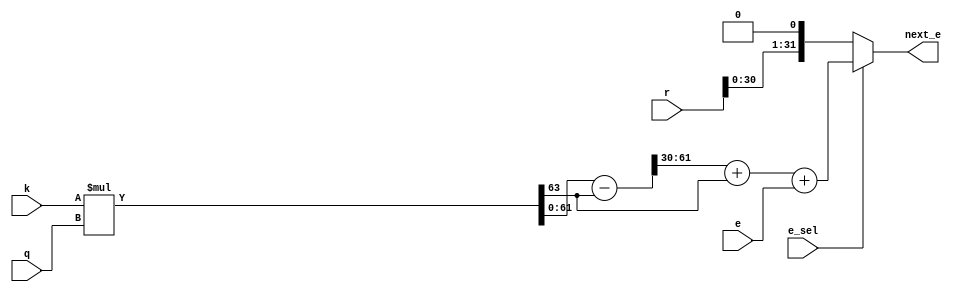
module levinson_e (
        input   wire e_sel,
        input   wire [31:0] r,
        input   wire signed [31:0] k,
        input   wire signed [31:0] q,
        input   wire [31:0] e,
        output  wire [31:0] next_e
    );

    wire [31:0] r_shift;
    assign r_shift = r << 1;

    wire signed [63:0] prod, ones, shifted;
    wire signed [31:0] twos;
    assign prod = k * q; // a * 2^(-33) * b * 2^(-31) = ab * 2^(-64) = ab * 2^(-34) * 2^(-30)
    assign ones = prod - prod[63];
    assign shifted = ones >>> 30;
    assign twos = shifted[31:0] + prod[63];
    wire [31:0] mad;
    assign mad = twos + e;

    assign next_e = e_sel ? mad : r_shift;

endmodule